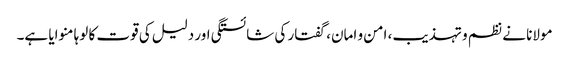
مولانا نے نظم و تہذیب، امن و امان، گفتار کی شائستگی اور دلیل کی قوت کا لوہا منوایا ہے۔